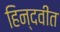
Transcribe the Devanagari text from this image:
हिन्दवीत